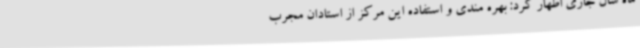
ماه سال جاری اظهار کرد: بهره مندی و استفاده این مرکز از استادان مجرب